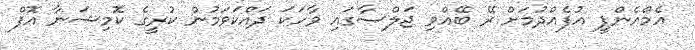
އެމްއެންޕީ އުފެއްދުމަށް ރޭ ބޭއްވި ޖަލްސާގައި ވާހަކަ ދައްކަވަމުން ކުރީގެ ކޮމިޝަނާ އޮފް